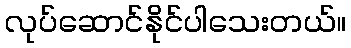
လုပ်ဆောင်နိုင်ပါသေးတယ်။